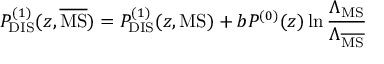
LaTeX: P _ { \mathrm { D I S } } ^ { ( 1 ) } ( z , \overline { { { \mathrm { M S } } } } ) = P _ { \mathrm { D I S } } ^ { ( 1 ) } ( z , \mathrm { M S } ) + b P ^ { ( 0 ) } ( z ) \ln \frac { \Lambda _ { \mathrm { M S } } } { \Lambda _ { \overline { { \mathrm { M S } } } } }